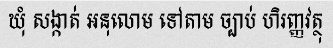
ឃុំ សង្កាត់ អនុលោម ទៅតាម ច្បាប់ ហិរញ្ញវត្ថុ